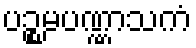
ပဉ္စမပဏ္ဏာသကံ